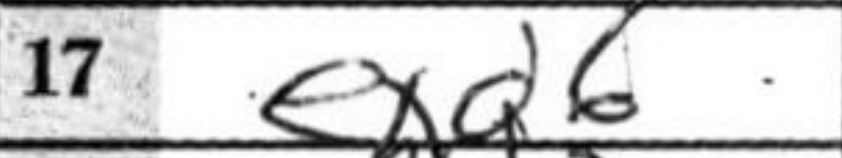
Transcription: exd6